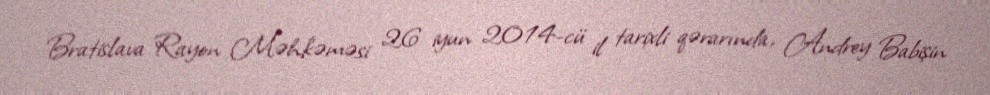
Bratislava Rayon Məhkəməsi 26 iyun 2014-cü il tarixli qərarında, Andrey Babişin